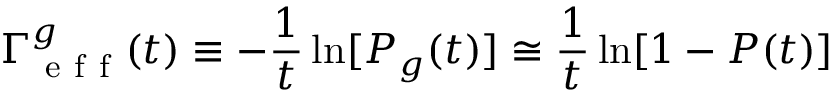
\Gamma _ { \mathrm { ~ e ~ f ~ f ~ } } ^ { g } ( t ) \equiv - \frac { 1 } { t } \ln [ P _ { g } ( t ) ] \cong \frac { 1 } { t } \ln [ 1 - P ( t ) ]